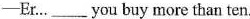
—Er…___you buy more than ten.